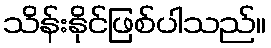
သိန်းနိုင်ဖြစ်ပါသည်။